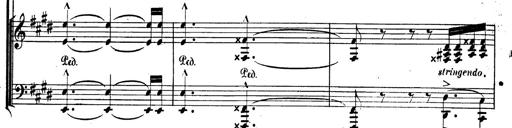
Title: BÃ©nÃ©diction et serment
Composer: Franz Liszt